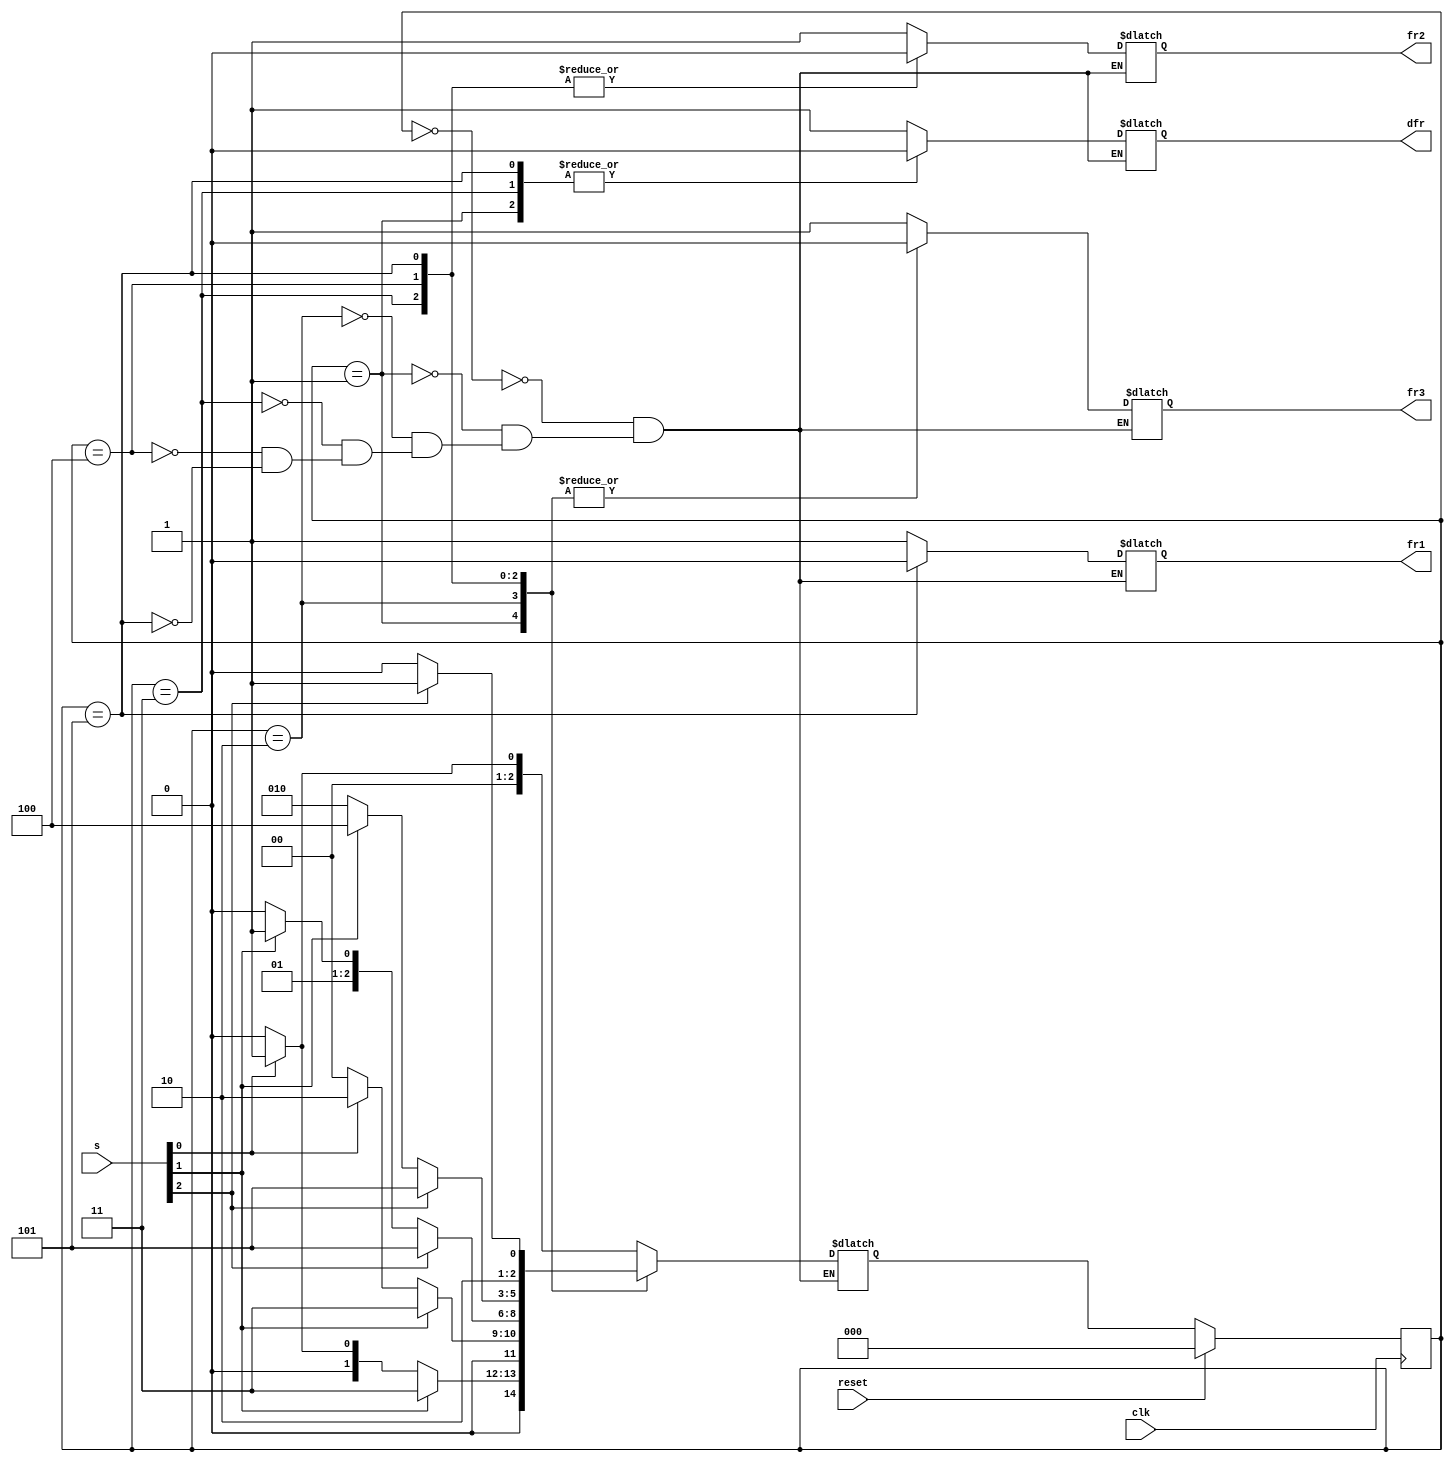
module top_module (
    input clk,
    input reset,
    input [3:1] s,
    output fr3,
    output fr2,
    output fr1,
    output dfr
); 
	parameter a = 0, bh = 1, bl = 2, ch = 3, cl = 4, d = 5;
    reg [2:0] state, next;
    
    always @ (*) begin
        case(state)
            a  : next = s[1] ? bh : a;
            bh : next = s[2] ? ch : (s[1] ? bh : a);
            bl : next = s[2] ? ch : (s[1] ? bl : a);
            ch : next = s[3] ? d  : (s[2] ? ch : bl);
            cl : next = s[3] ? d  : (s[2] ? cl : bl);
            d  : next = s[3] ? d  : cl;
        endcase
    end
    always @ (posedge clk) begin
        if(reset) state <= a;
        else state <= next;
    end
    always @ (*) begin
        case(state)
            a  : {fr3, fr2, fr1, dfr} = 4'b1111;
            bh : {fr3, fr2, fr1, dfr} = 4'b0110;
            bl : {fr3, fr2, fr1, dfr} = 4'b0111;
            ch : {fr3, fr2, fr1, dfr} = 4'b0010;
            cl : {fr3, fr2, fr1, dfr} = 4'b0011;
            d  : {fr3, fr2, fr1, dfr} = 4'b0000;
        endcase
    end
endmodule